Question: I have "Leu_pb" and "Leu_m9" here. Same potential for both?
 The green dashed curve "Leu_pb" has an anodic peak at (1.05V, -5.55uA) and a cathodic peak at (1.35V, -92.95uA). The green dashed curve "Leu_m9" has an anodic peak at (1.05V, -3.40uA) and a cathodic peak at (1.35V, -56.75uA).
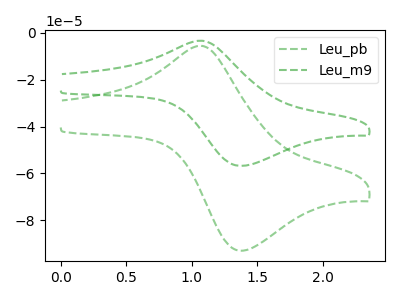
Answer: <think>All the peaks in "Leu_pb" have a peak in "Leu_m9" at the same potential.
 </think>
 <answer>"Leu_pb" and "Leu_m9" are similar in shape.</answer>
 <eval>same_shape</eval>